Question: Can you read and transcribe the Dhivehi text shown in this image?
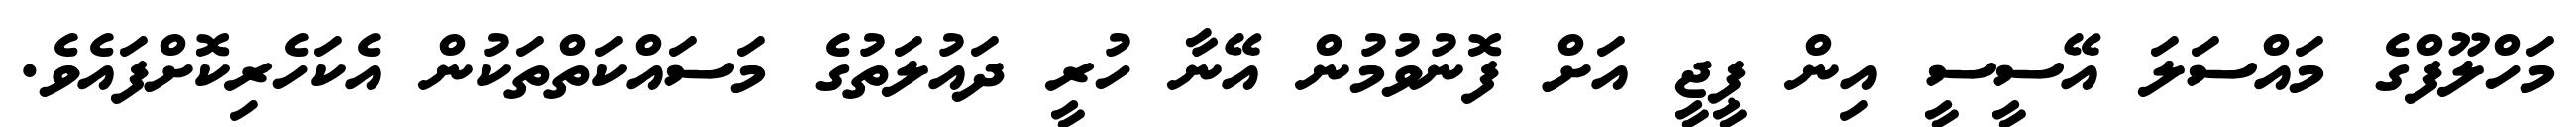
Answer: މަހްލޫފްގެ މައްސަލަ އޭސީސީ އިން ޕީޖީ އަށް ފޮނުވުމުން އޭނާ ހުރީ ދައުލަތުގެ މަސައްކަތްތަކުން އެކަހެރިކޮށްފައެވެ.